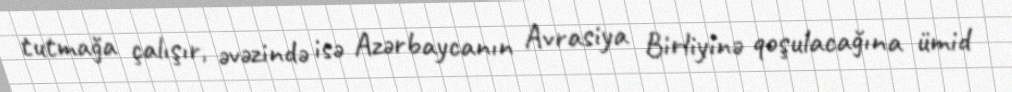
tutmağa çalışır, əvəzində isə Azərbaycanın Avrasiya Birliyinə qoşulacağına ümid